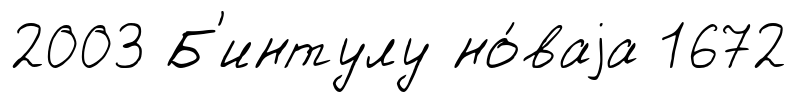
2003 Б'интулу но́ваjа 1672